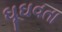
ઘૂઘવતા